Leaving Certificate Examination, 1924
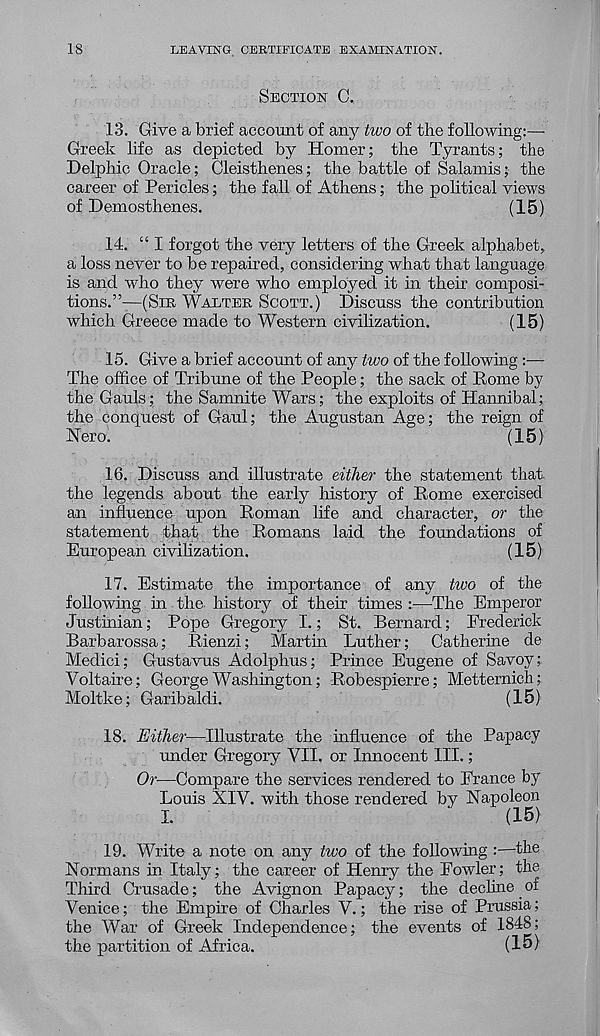
18
LEAVING CERTIFICATE EXAMINATION.
SECTION C.
13. Give a brief account of any two of the following:—
Greek life as depicted by Homer; the Tyrants; the
Delphic Oracle; Cleisthenes; the battle of Salamis; the
career of Pericles; the fall of Athens; the political views
of Demosthenes.
(15)
14. “ I forgot the very letters of the Greek alphabet,
a loss never to be repaired, considering what that language
is and who they were who employed it in their composi-
tions.”—(SIR WALTER SCOTT.) Discuss the contribution
which Greece made to Western civilization.
(15)
15. Give a brief account of any two of the following :—
The office of Tribune of the People; the sack of Rome by
the Gauls; the Samnite Wars; the exploits of Hannibal;
the conquest of Gaul; the Augustan Age; the reign of
Nero.
(15}
16. Discuss and illustrate either the statement that
the legends about the early history of Rome exercised
an influence upon Roman life and character, or the
statement that the Romans laid the foundations of
European civilization.
(15)
17. Estimate the importance of any two of the
following in the history of their times :—The Emperor
Justinian; Pope Gregory I.; St. Bernard; Frederick
Barbarossa; Rienzi; Martin Luther; Catherine de
Medici; Gustavus Adolphus; Prince Eugene of Savoy;
Voltaire; George Washington; Robespierre; Metternich;
Moltke; Garib aldi.
(15)
18. Either—Illustrate the influence of the Papacy
under Gregory VII. or Innocent III.;
Or—Compare the services rendered to France by
Louis XIV. with those rendered by Napoleon
I.
(15)
19. Write a note on any two of the following :—the
Normans in Italy; the career of Henry the Fowler; the
Third Crusade; the Avignon Papacy; the decline of
Venice; the Empire of Charles V.; the rise of Prussia;
the War of Greek Independence; the events of 1848;
the partition of Africa.
(15)